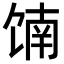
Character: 𬳄